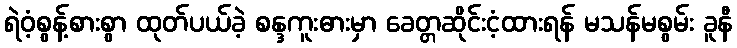
ရဲဝံ့စွန့်စားစွာ ထုတ်ပယ်ခဲ့ စန္ဒကူးဓားမှာ ခေတ္တဆိုင်းငံ့ထားရန် မသန်မစွမ်း ခူနီ